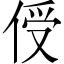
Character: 𪝈